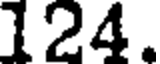
124.